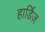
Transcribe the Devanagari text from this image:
हार्डिज़